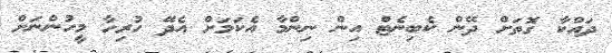
ދައްކާ ގޮތަށް ދޭން ކެބިނެޓް އިން ނިންމާ އެކަމަށް އެދޭ ހުރިހާ މީހުންނަށް